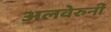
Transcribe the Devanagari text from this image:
अलवेरुनी